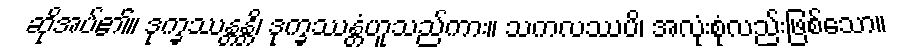
ဆိုအပ်၏။ ဒုက္ခဿန္တန္တိ၊ ဒုက္ခဿန္တံဟူသည်ကား။ သကလဿပိ၊ အလုံးစုံလည်းဖြစ်သော။